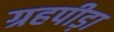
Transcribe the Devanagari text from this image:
ग्रहपीड़ा